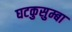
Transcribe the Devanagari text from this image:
घटकुसुम्बा